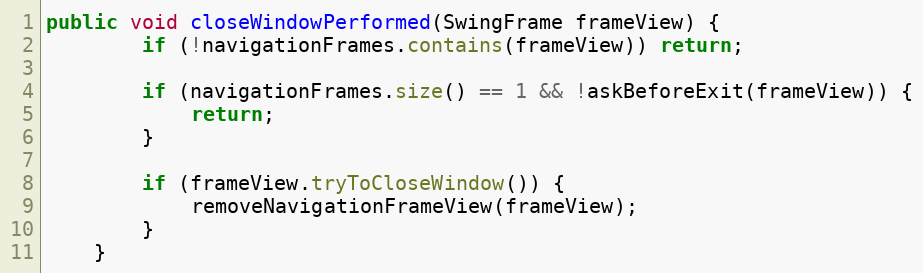
Language: Java
public void closeWindowPerformed(SwingFrame frameView) {
		if (!navigationFrames.contains(frameView)) return;

		if (navigationFrames.size() == 1 && !askBeforeExit(frameView)) {
			return;
		}

		if (frameView.tryToCloseWindow()) {
			removeNavigationFrameView(frameView);
		}
	}